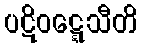
ပဋိဝဋ္ဋေသီတိ